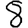
Digit: 8